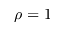
\rho = 1